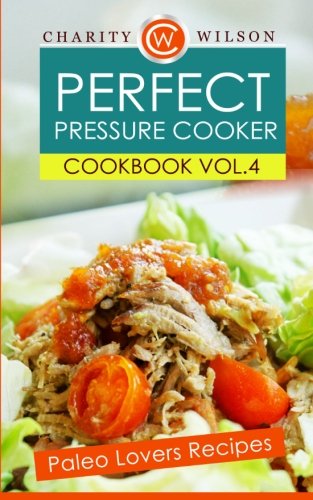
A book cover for Perfect Pressure Cooker Cookbook: Vol. 4 Paleo Lovers Recipes; Charity Wilson; Cookbooks, Food & Wine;